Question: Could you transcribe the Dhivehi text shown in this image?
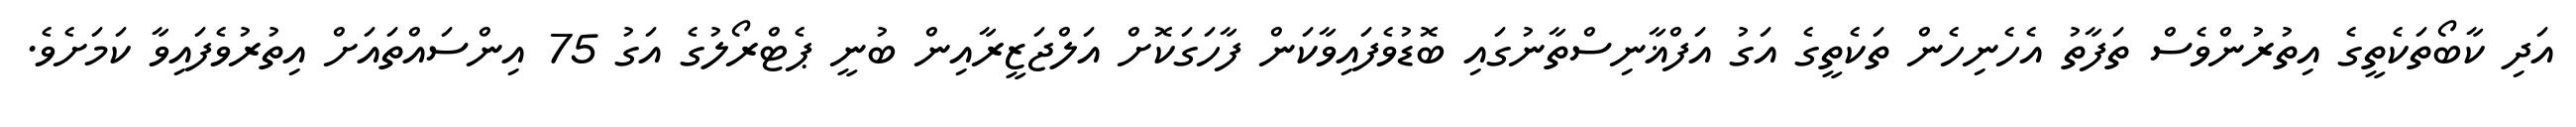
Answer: އަދި ކާބޯތަކެތީގެ އިތުރުންވެސް ތަފާތު އެހެނިހެން ތަކެތީގެ އަގު އަފްޣާނިސްތާނުގައި ބޮޑުވެފައިވާކަން ފާހަގަކޮށް އަލްޖަޒީރާއިން ބުނީ ޕެޓްރޯލުގެ އަގު 75 އިންސައްތައަށް އިތުރުވެފައިވާ ކަމަށެވެ.